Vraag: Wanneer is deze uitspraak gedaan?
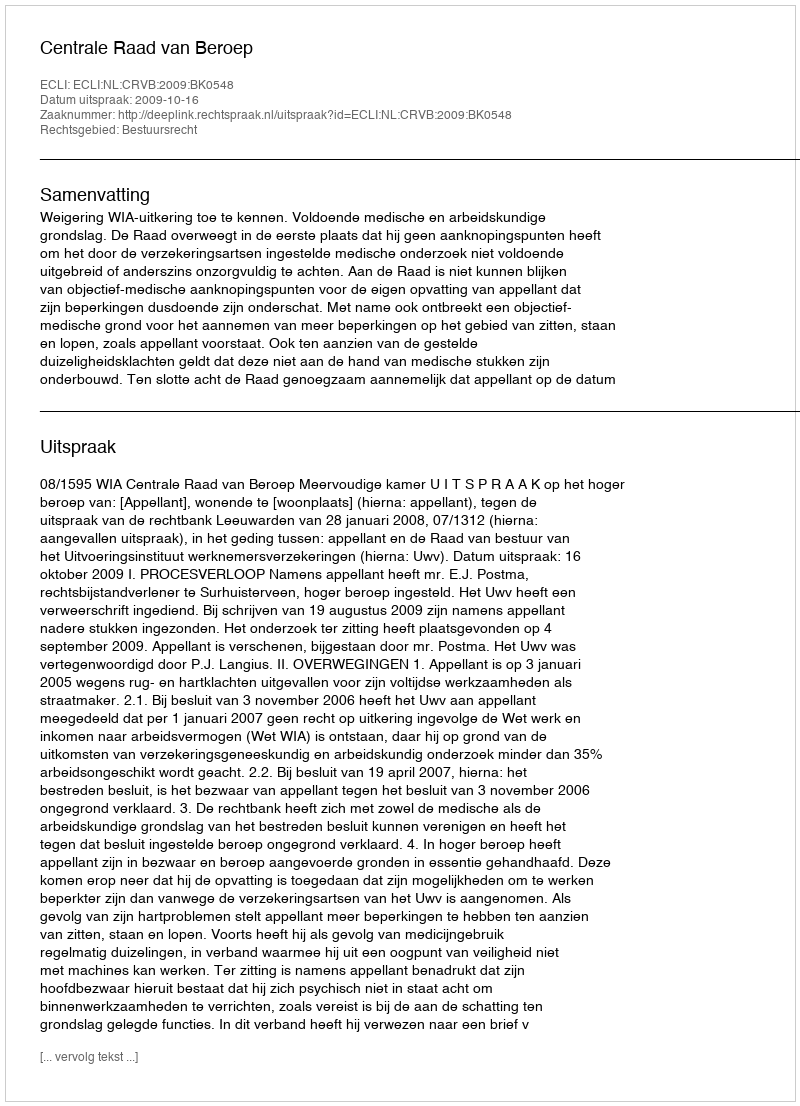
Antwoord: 2009-10-16